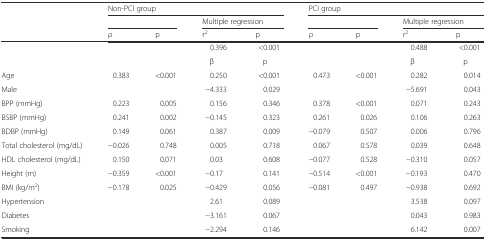
<table><thead><tr><td></td><td colspan="4"><b>Non-PCI group</b></td><td colspan="4"><b>PCI group</b></td></tr><tr><td></td><td colspan="2"></td><td colspan="2"><b>Multiple regression</b></td><td colspan="2"></td><td colspan="2"><b>Multiple regression</b></td></tr><tr><td></td><td><b>ρ</b></td><td><b>p</b></td><td><b>r<sup>2</sup></b></td><td><b>p</b></td><td><b>ρ</b></td><td><b>p</b></td><td><b>r<sup>2</sup></b></td><td><b>p</b></td></tr></thead><tbody><tr><td></td><td></td><td></td><td>0.396</td><td>&lt;0.001</td><td></td><td></td><td>0.488</td><td>&lt;0.001</td></tr><tr><td></td><td></td><td></td><td>β</td><td>p</td><td></td><td></td><td>β</td><td>p</td></tr><tr><td>Age</td><td>0.383</td><td>&lt;0.001</td><td>0.250</td><td>&lt;0.001</td><td>0.473</td><td>&lt;0.001</td><td>0.282</td><td>0.014</td></tr><tr><td>Male</td><td></td><td></td><td>−4.333</td><td>0.029</td><td></td><td></td><td>−5.691</td><td>0.043</td></tr><tr><td>BPP (mmHg)</td><td>0.223</td><td>0.005</td><td>0.156</td><td>0.346</td><td>0.378</td><td>&lt;0.001</td><td>0.071</td><td>0.243</td></tr><tr><td>BSBP (mmHg)</td><td>0.241</td><td>0.002</td><td>−0.145</td><td>0.323</td><td>0.261</td><td>0.026</td><td>0.106</td><td>0.263</td></tr><tr><td>BDBP (mmHg)</td><td>0.149</td><td>0.061</td><td>0.387</td><td>0.009</td><td>−0.079</td><td>0.507</td><td>0.006</td><td>0.796</td></tr><tr><td>Total cholesterol (mg/dL)</td><td>−0.026</td><td>0.748</td><td>0.005</td><td>0.718</td><td>0.067</td><td>0.578</td><td>0.039</td><td>0.648</td></tr><tr><td>HDL cholesterol (mg/dL)</td><td>0.150</td><td>0.071</td><td>0.03</td><td>0.608</td><td>−0.077</td><td>0.528</td><td>−0.310</td><td>0.057</td></tr><tr><td>Height (m)</td><td>−0.359</td><td>&lt;0.001</td><td>−0.17</td><td>0.141</td><td>−0.514</td><td>&lt;0.001</td><td>−0.193</td><td>0.470</td></tr><tr><td>BMI (kg/m<sup>2</sup>)</td><td>−0.178</td><td>0.025</td><td>−0.429</td><td>0.056</td><td>−0.081</td><td>0.497</td><td>−0.938</td><td>0.692</td></tr><tr><td>Hypertension</td><td></td><td></td><td>2.61</td><td>0.089</td><td></td><td></td><td>3.538</td><td>0.097</td></tr><tr><td>Diabetes</td><td></td><td></td><td>−3.161</td><td>0.067</td><td></td><td></td><td>0.043</td><td>0.983</td></tr><tr><td>Smoking</td><td></td><td></td><td>−2.294</td><td>0.146</td><td></td><td></td><td>6.142</td><td>0.007</td></tr></tbody></table>